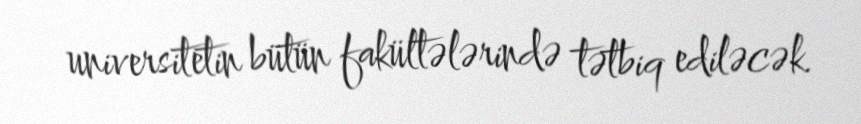
universitetin bütün fakültələrində tətbiq ediləcək.